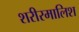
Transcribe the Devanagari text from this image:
शरीरमालिश